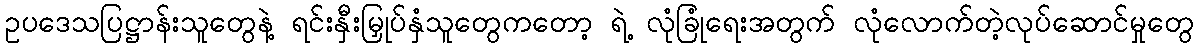
ဥပဒေသပြဋ္ဌာန်းသူတွေနဲ့ ရင်းနှီးမြှုပ်နှံသူတွေကတော့ ရဲ့ လုံခြုံရေးအတွက် လုံလောက်တဲ့လုပ်ဆောင်မှုတွေ